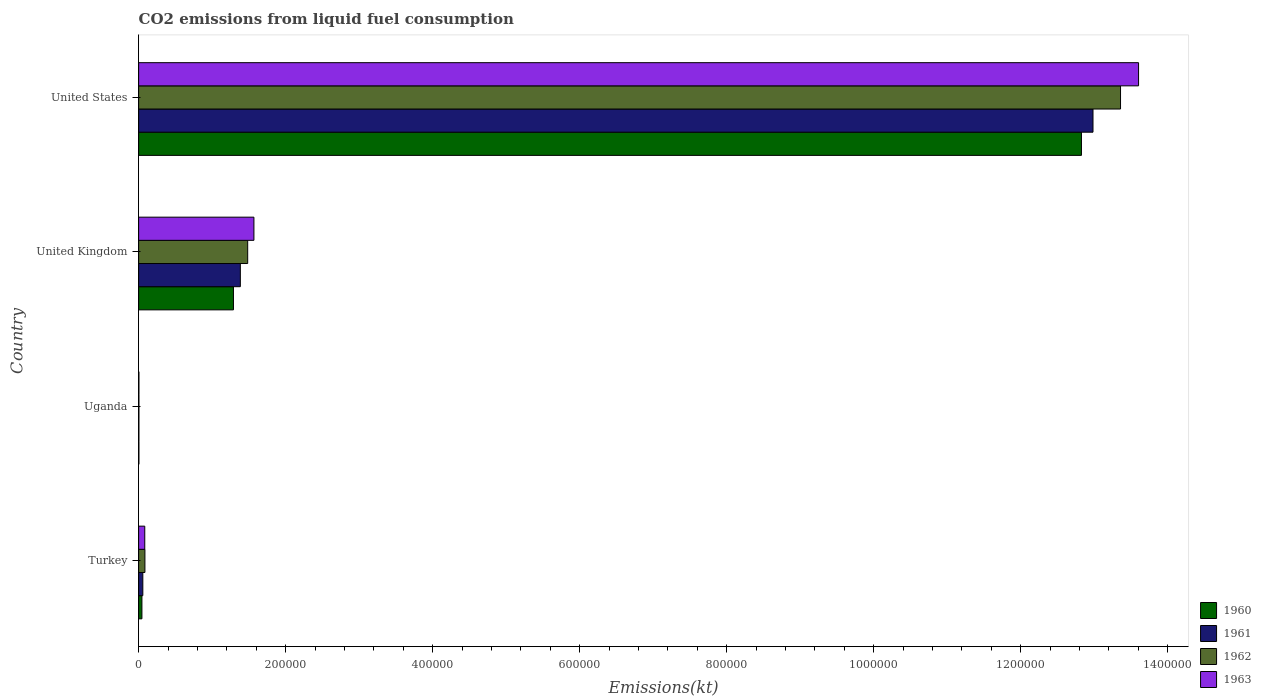
| Country | 1960 | 1961 | 1962 | 1963 |
 | --- | --- | --- | --- | --- |
 | Turkey | 4.47e+03 | 5.72e+03 | 8.57e+03 | 8.35e+03 |
 | Uganda | 385 | 374 | 400 | 407 |
 | United Kingdom | 1.29e+05 | 1.38e+05 | 1.48e+05 | 1.57e+05 |
 | United States | 1.28e+06 | 1.3e+06 | 1.34e+06 | 1.36e+06 |